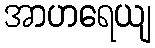
အာဟရေယျ